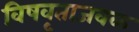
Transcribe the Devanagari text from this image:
विषवृताजवळ